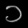
Digit: ၁